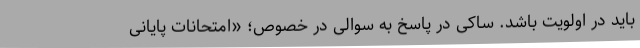
باید در اولویت باشد. ساکی در پاسخ به سوالی در خصوص؛ «امتحانات پایانی